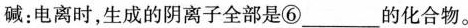
碱：电离时，生成的阴离子全部是⑥___的化合物。